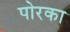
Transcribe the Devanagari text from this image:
पोरका